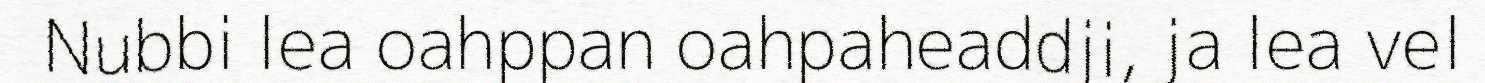
Nubbi lea oahppan oahpaheaddji, ja lea vel